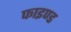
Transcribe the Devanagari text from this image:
फाइण्ड